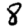
Digit: 8